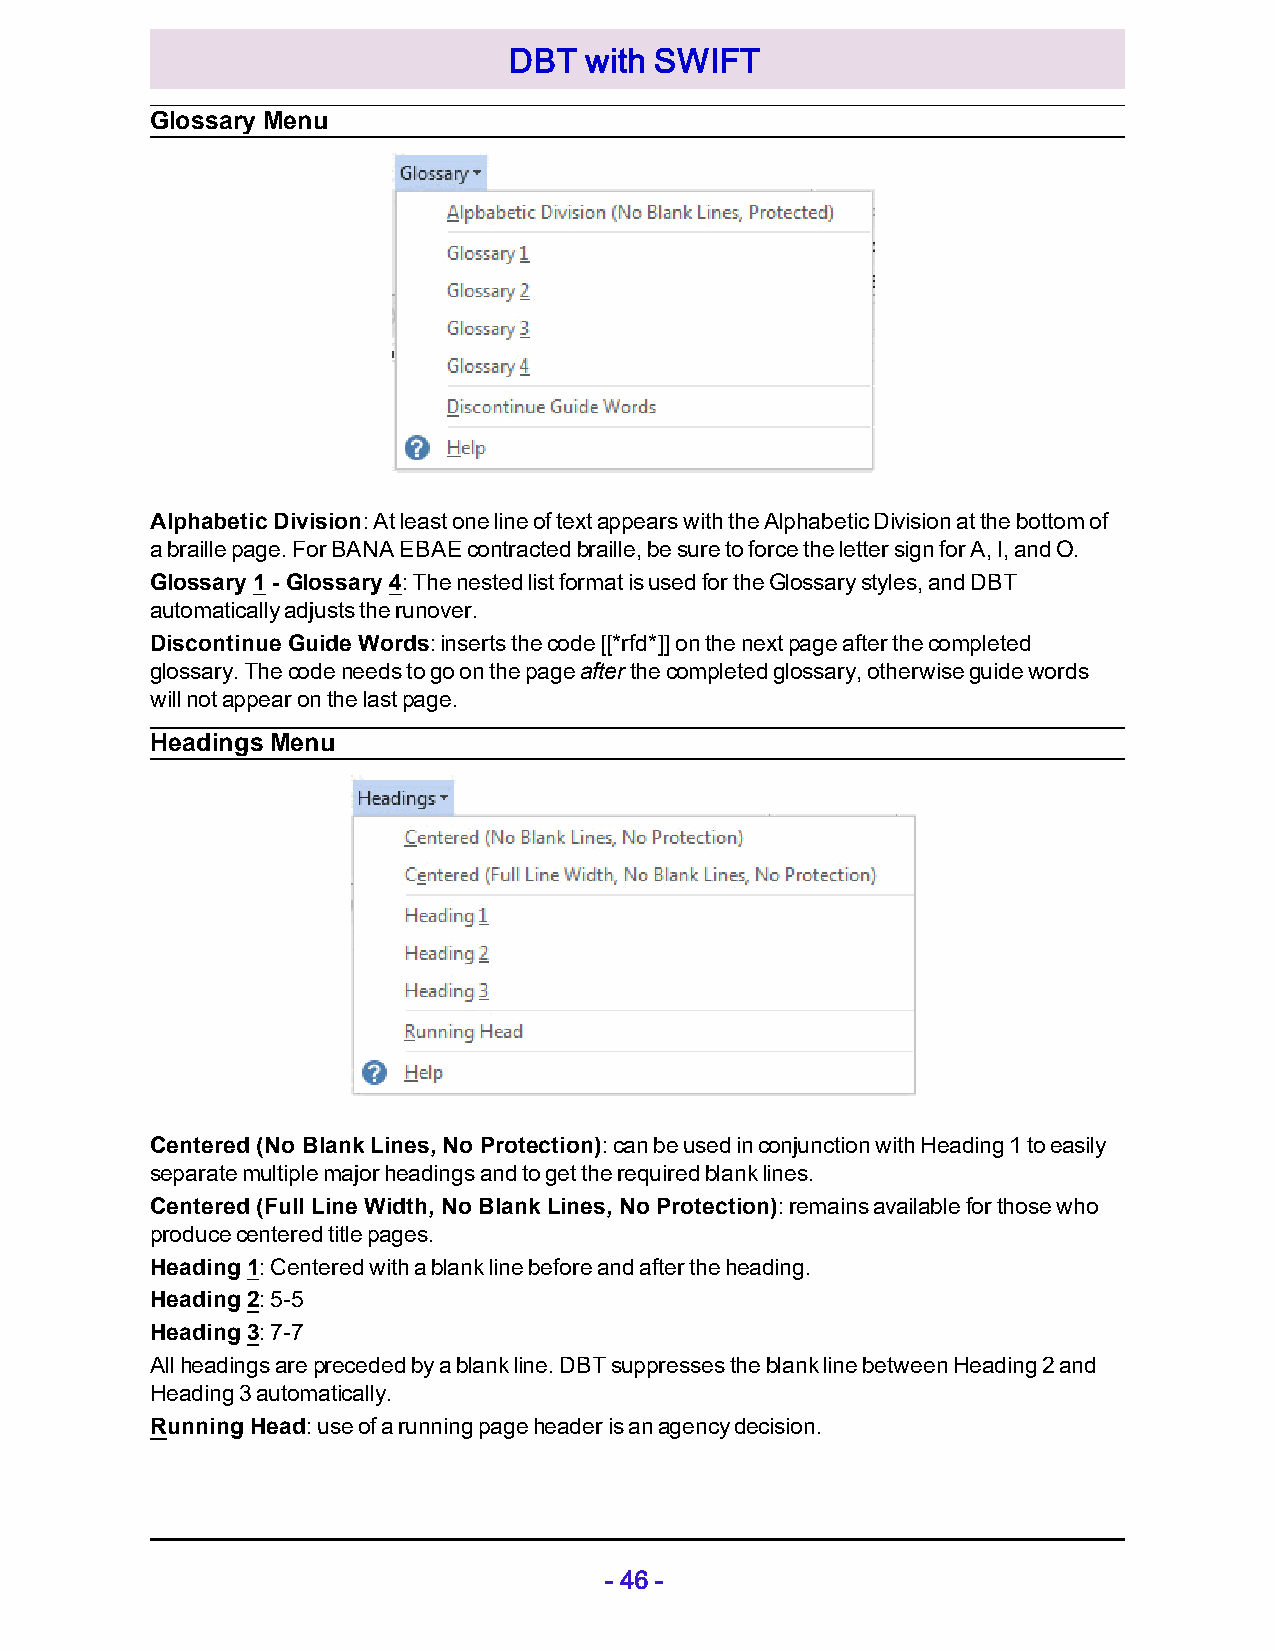
DBT  with SWIFT
 Glossary Menu
 Alphabetic Division: At least one line of text appears with the Alphabetic Division at the bottom of
 a braille page. For BANA EBAE contracted braille, be sure to force the letter sign for A, I, and O.
 Glossary 1 - Glossary 4: The nested list format is used for the Glossary styles, and DBT
 automatically adjusts the runover.
 Discontinue Guide Words: inserts the code [[*rfd*]] on the next page after the completed
 glossary. The code needs to go on the page after the completed glossary, otherwise guide words
 will not appear on the last page.
 Headings Menu
 Centered (No Blank Lines, No Protection): can be used in conjunction with Heading 1 to easily
 separate multiple major headings and to get the required blank lines.
 Centered (Full Line Width, No Blank Lines, No Protection): remains available for those who
 produce centered title pages.
 Heading 1: Centered with a blank line before and after the heading.
 Heading 2: 5-5
 Heading 3: 7-7
 All headings are preceded by a blank line. DBT suppresses the blank line between Heading 2 and
 Heading 3 automatically.
 Running Head: use of a running page header is an agency decision.
 - 46 -